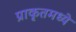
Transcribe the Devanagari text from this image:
प्राकृतमध्ये